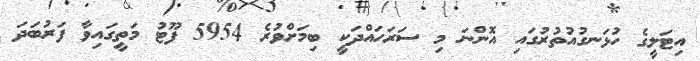
އިޓަލީގެ ހުޅަނގުއުތުރުގައި އޮންނަ މި ސަރަހައްދަކީ ބިމަށްވުރެ 5954 ފޫޓު މަތީގައިވާ ފަރުބަދަ